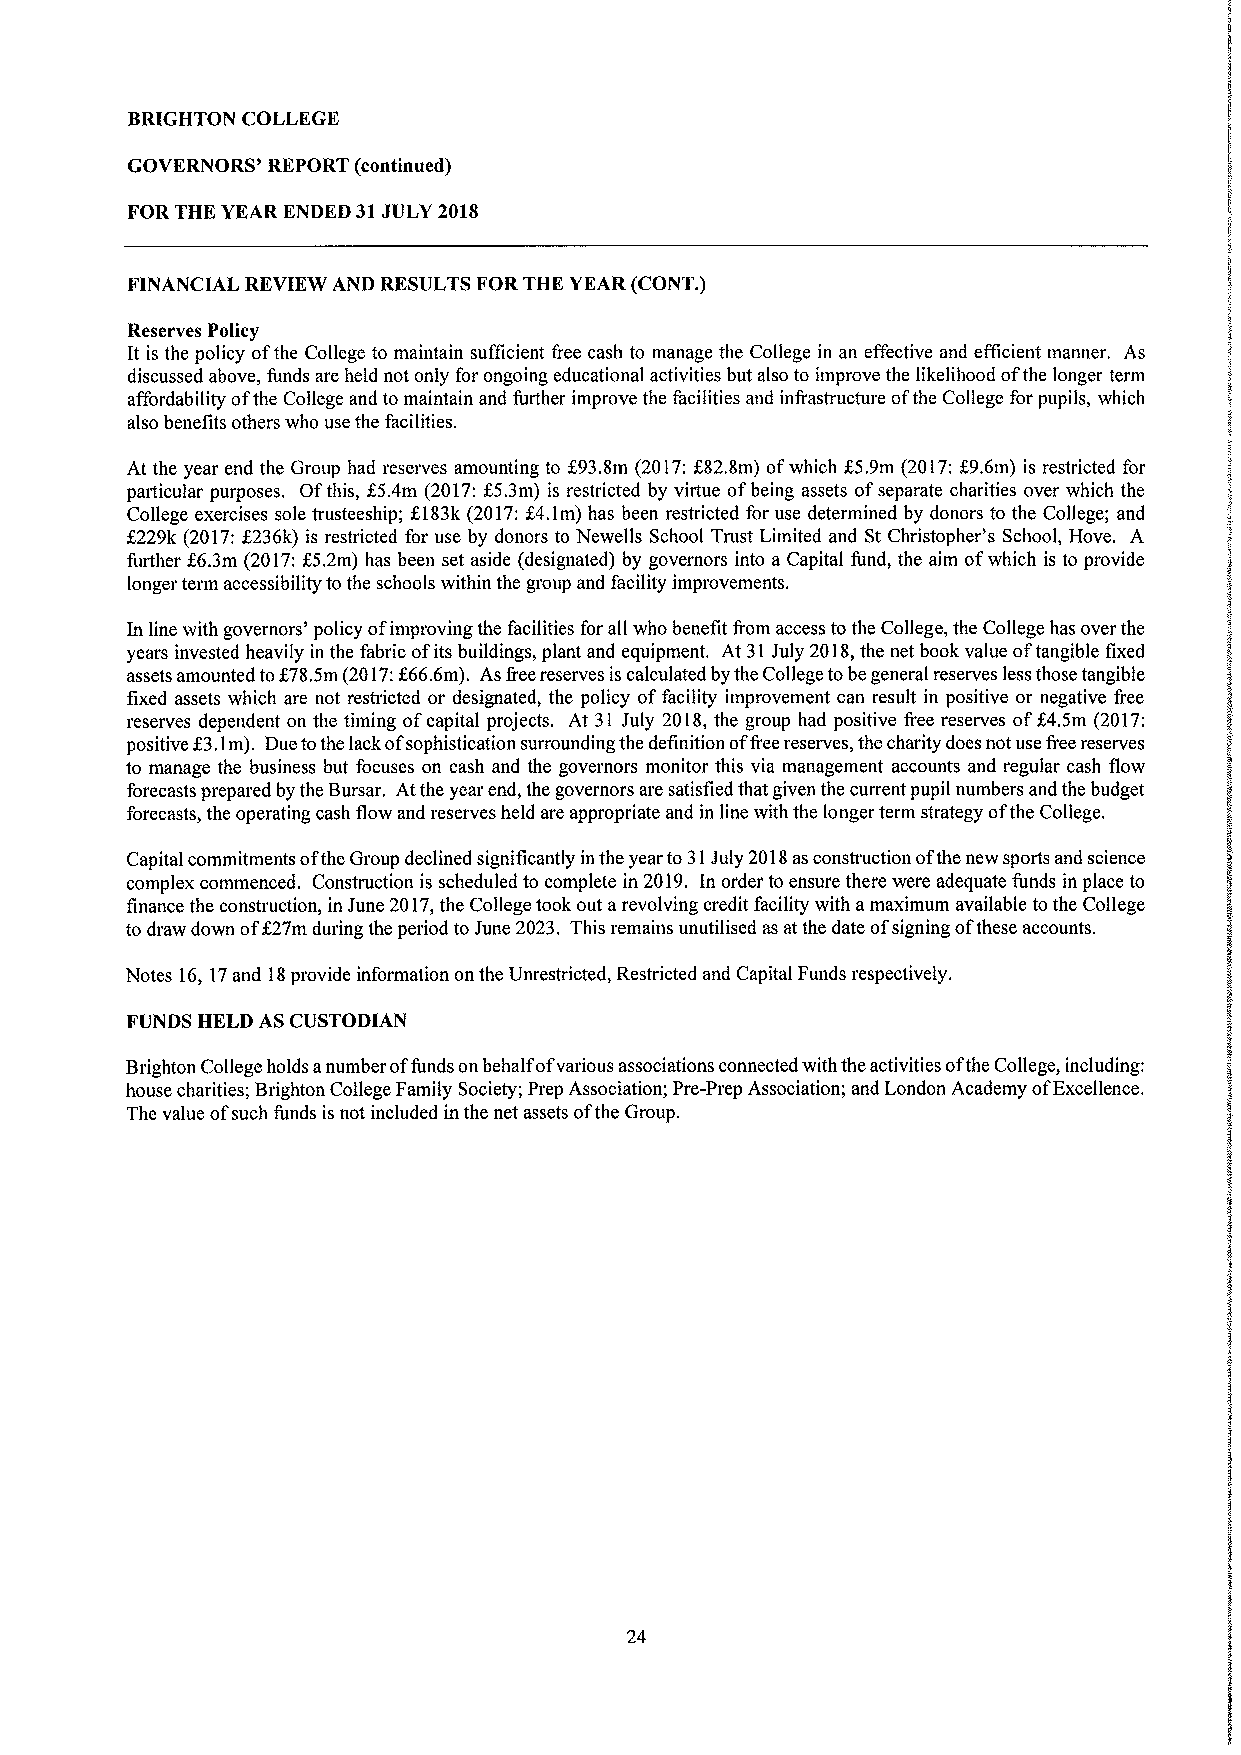
BRIGHTON COLLEGE
 GOVERNORS' REPORT (continued)
 FORTHE YEAR ENDED 31JULY 2018
 FINANCIAL REVIEW AND RESULTS FOR THE YEAR (CONT.)
 Reserves Policy
 It is the policy ofthe College to maintain sufficient free cash to manage the College in an effective and efficient manner. As
 discussed above, funds are held not only for ongoing educational activities but also to improve the likelihood ofthe longer term
 affordability ofthe College and to maintain and further improve the facilities and in&astructure ofthe College for pupils, which
 also benefits others who use the facilities.
 At the year end the Group had reserves amounting to 693.8m (2017:f82.8m) ofwhich K5.9m (2017:$9.6m) is restricted for
 particular purposes. Ofthis, Z5.4m (2017:K5.3m) is restricted by virtue ofbeing assets ofseparate charities over which the
 College exercises sole trusteeship; $183k(2017:X4.1m) has been restricted for use determined by donors to the College; and
 K229k (2017:$236k) is restricted for use by donors to Newells School Trust Limited and St Christopher's School, Hove. A
 further X6.3m (2017:f5.2m) has been set aside (designated) by governors into a Capital fund, the aim ofwhich is to provide
 longer term accessibility to the schools within the group and facility improvements.
 In line with governors' policy ofimproving the facilities for all who benefit &om access to the College, the College has over the
 years invested heavily in the fabric ofits buildings, plant and equipment. At 31July 2018,the net book value oftangible fixed
 assets amounted to$78.5m (2017:f66.6m). As &eereserves iscalculated bythe College tobegeneral reserves less those tangible
 fixed assets which are not restricted or designated, the policy offacility improvement can result in positive or negative free
 reserves dependent on the timing ofcapital projects. At 31 July 2018,the group had positive &ee reserves ofS4.5m (2017:
 positive X3.1m). Due tothe lack ofsophistication surrounding the definition offree reserves, the charity does not use fice reserves
 to manage the business but focuses on cash and the governors monitor this via management accounts and regular cash flow
 forecasts prepared by the Bursar. Atthe year end, the governors are satisfied that given the current pupil numbers and the budget
 forecasts, the operating cash flow and reserves held are appropriate and in line with the longer term strategy ofthe College.
 Capital commitments ofthe Group declined significantly inthe year to31July 2018as construction ofthe new sports and science
 complex commenced. Construction is scheduled to complete in 2019. In order to ensure there were adequate funds in place to
 finance the construction, in June 2017,the College took out arevolving credit facility with amaximum available to the College
 to draw down of527m during the period to June 2023. This remains unutilised as atthe date ofsigning ofthese accounts.
 Notes 16,17and 18provide information on the Unrestricted, Restricted and Capital Funds respectively.
 FUNDS HELD AS CUSTODIAN
 Brighton College holds anumber offunds on behalf ofvarious associations connected with the activities ofthe College, including;
 house charities; Brighton College Family Society; Prep Association; Pre-Prep Association; and London Academy ofExcellence,
 The value ofsuch funds is not included in the net assets ofthe Group.
 24